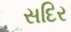
સદિર